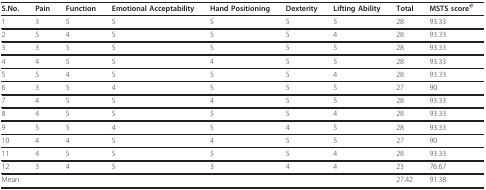
<table><thead><tr><td><b>S.No.</b></td><td><b>Pain</b></td><td><b>Function</b></td><td><b>Emotional Acceptability</b></td><td><b>Hand Positioning</b></td><td><b>Dexterity</b></td><td><b>Lifting Ability</b></td><td><b>Total</b></td><td><b>MSTS score<sup>@</sup></b></td></tr></thead><tbody><tr><td>1</td><td>3</td><td>5</td><td>5</td><td>5</td><td>5</td><td>5</td><td>28</td><td>93.33</td></tr><tr><td>2</td><td>5</td><td>4</td><td>5</td><td>5</td><td>5</td><td>4</td><td>28</td><td>93.33</td></tr><tr><td>3</td><td>3</td><td>5</td><td>5</td><td>5</td><td>5</td><td>5</td><td>28</td><td>93.33</td></tr><tr><td>4</td><td>4</td><td>5</td><td>5</td><td>4</td><td>5</td><td>5</td><td>28</td><td>93.33</td></tr><tr><td>5</td><td>5</td><td>4</td><td>5</td><td>5</td><td>5</td><td>4</td><td>28</td><td>93.33</td></tr><tr><td>6</td><td>3</td><td>5</td><td>4</td><td>5</td><td>5</td><td>5</td><td>27</td><td>90</td></tr><tr><td>7</td><td>4</td><td>5</td><td>5</td><td>4</td><td>5</td><td>5</td><td>28</td><td>93.33</td></tr><tr><td>8</td><td>4</td><td>5</td><td>5</td><td>5</td><td>5</td><td>4</td><td>28</td><td>93.33</td></tr><tr><td>9</td><td>5</td><td>5</td><td>4</td><td>5</td><td>4</td><td>5</td><td>28</td><td>93.33</td></tr><tr><td>10</td><td>4</td><td>4</td><td>5</td><td>4</td><td>5</td><td>5</td><td>27</td><td>90</td></tr><tr><td>11</td><td>4</td><td>5</td><td>5</td><td>5</td><td>5</td><td>4</td><td>28</td><td>93.33</td></tr><tr><td>12</td><td>3</td><td>4</td><td>5</td><td>3</td><td>4</td><td>4</td><td>23</td><td>76.67</td></tr><tr><td>Mean</td><td></td><td></td><td></td><td></td><td></td><td></td><td>27.42</td><td>91.38</td></tr></tbody></table>